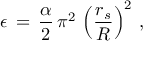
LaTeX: \epsilon \, = \, \frac { \alpha } { 2 } \, \pi ^ { 2 } \, \left( \frac { r _ { s } } { R } \right) ^ { 2 } \, { , }